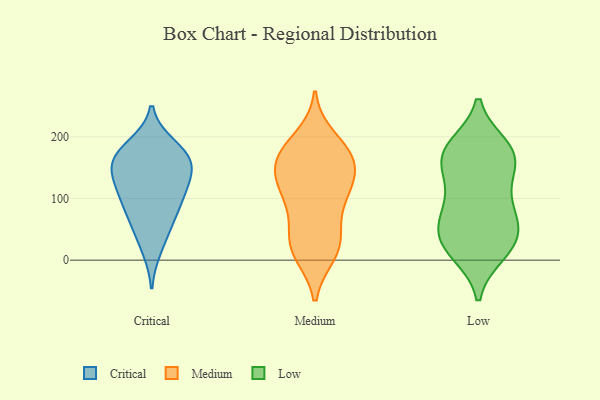
{"axis": {"x": "Headcount", "y": "Value"}, "legend": ["Critical", "Low", "Medium"], "data": [{"x": "", "y": 101, "type": "Critical"}, {"x": "", "y": 53, "type": "Critical"}, {"x": "", "y": 162, "type": "Critical"}, {"x": "", "y": 18, "type": "Critical"}, {"x": "", "y": 180, "type": "Critical"}, {"x": "", "y": 186, "type": "Critical"}, {"x": "", "y": 111, "type": "Critical"}, {"x": "", "y": 64, "type": "Critical"}, {"x": "", "y": 117, "type": "Critical"}, {"x": "", "y": 89, "type": "Critical"}, {"x": "", "y": 140, "type": "Critical"}, {"x": "", "y": 160, "type": "Critical"}, {"x": "", "y": 162, "type": "Critical"}, {"x": "", "y": 149, "type": "Critical"}, {"x": "", "y": 116, "type": "Medium"}, {"x": "", "y": 145, "type": "Medium"}, {"x": "", "y": 172, "type": "Medium"}, {"x": "", "y": 174, "type": "Medium"}, {"x": "", "y": 68, "type": "Medium"}, {"x": "", "y": 101, "type": "Medium"}, {"x": "", "y": 10, "type": "Medium"}, {"x": "", "y": 38, "type": "Medium"}, {"x": "", "y": 156, "type": "Medium"}, {"x": "", "y": 28, "type": "Medium"}, {"x": "", "y": 112, "type": "Medium"}, {"x": "", "y": 137, "type": "Medium"}, {"x": "", "y": 10, "type": "Medium"}, {"x": "", "y": 26, "type": "Medium"}, {"x": "", "y": 175, "type": "Medium"}, {"x": "", "y": 110, "type": "Medium"}, {"x": "", "y": 168, "type": "Medium"}, {"x": "", "y": 198, "type": "Medium"}, {"x": "", "y": 157, "type": "Low"}, {"x": "", "y": 41, "type": "Low"}, {"x": "", "y": 24, "type": "Low"}, {"x": "", "y": 132, "type": "Low"}, {"x": "", "y": 184, "type": "Low"}, {"x": "", "y": 171, "type": "Low"}, {"x": "", "y": 69, "type": "Low"}, {"x": "", "y": 64, "type": "Low"}, {"x": "", "y": 166, "type": "Low"}, {"x": "", "y": 28, "type": "Low"}, {"x": "", "y": 12, "type": "Low"}, {"x": "", "y": 90, "type": "Low"}, {"x": "", "y": 174, "type": "Low"}, {"x": "", "y": 181, "type": "Low"}, {"x": "", "y": 112, "type": "Low"}, {"x": "", "y": 62, "type": "Low"}, {"x": "", "y": 19, "type": "Low"}]}